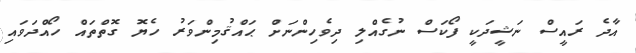
އާދެ ރައީސް ނަޝީދަކީ ފޯކަސް ނުގެއްލި ދިވެހިންނަށް ޙައްޤުމިންވަރު ހެޔޮ ގޮތްތައް ހޯއްދަވައި